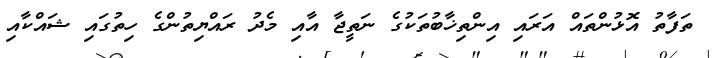
ތަފާތު އޮޅުންތައް އަރައި އިންތިޚާބުތަކުގެ ނަތީޖާ އާއި މެދު ރައްޔިތުންގެ ހިތުގައި ޝައްކާއި